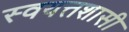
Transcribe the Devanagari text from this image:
स्वयत्तशासी